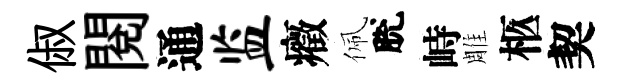
俶閲通监癥佩脫峙雕柩契